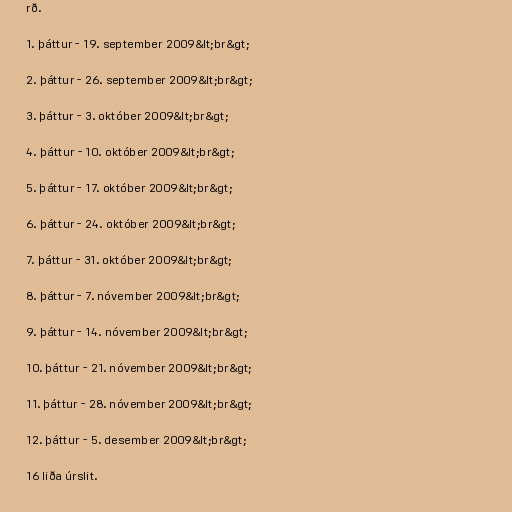
rð.

1. þáttur - 19. september 2009&lt;br&gt;

2. þáttur - 26. september 2009&lt;br&gt;

3. þáttur - 3. október 2009&lt;br&gt;

4. þáttur - 10. október 2009&lt;br&gt;

5. þáttur - 17. október 2009&lt;br&gt;

6. þáttur - 24. október 2009&lt;br&gt;

7. þáttur - 31. október 2009&lt;br&gt;

8. þáttur - 7. nóvember 2009&lt;br&gt;

9. þáttur - 14. nóvember 2009&lt;br&gt;

10. þáttur - 21. nóvember 2009&lt;br&gt;

11. þáttur - 28. nóvember 2009&lt;br&gt;

12. þáttur - 5. desember 2009&lt;br&gt;

16 liða úrslit.